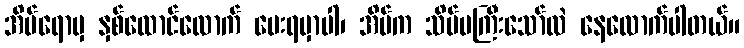
အိမ်ရောမှ နှစ်ထောင်လောက် ပေးရမှာပါ၊ အိမ်က သိပ်မကြီးသော်လဲ နေလောက်ပါတယ်။